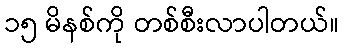
၁၅ မိနစ်ကို တစ်စီးလာပါတယ်။